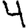
Digit: 4